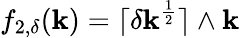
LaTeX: f_{2,\delta}(\mathbf{k})=\lceil\delta\mathbf{k}^{\frac{{1}}{{2}}}\rceil\wedge\mathbf{k}